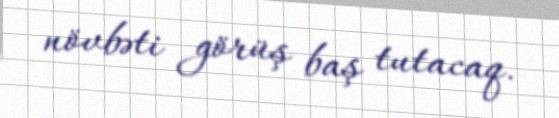
növbəti görüş baş tutacaq.